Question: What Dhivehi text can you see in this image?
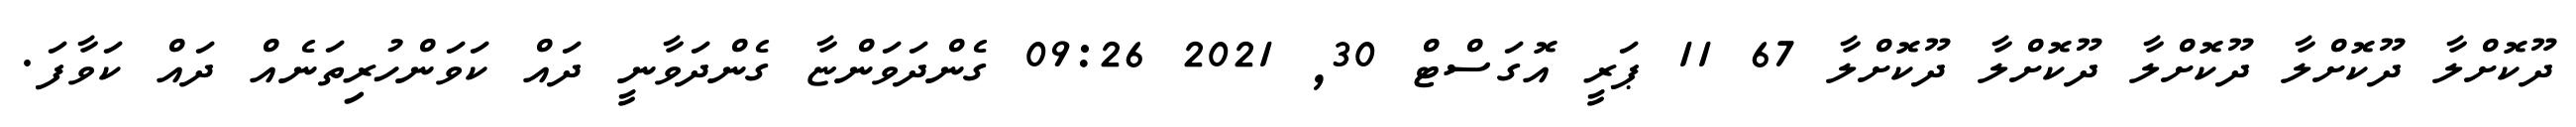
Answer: ދޫކޮށްލާ ދޫކޮށްލާ ދޫކޮށްލާ ދޫކޮށްލާ ދޫކޮށްލާ 67 11 ޕަރީ އޮގަސްޓް 30, 2021 09:26 ގެންދަވަންޏާ ގެންދަވާނީ ދައް ކަވަންހުރިތަނެއް ދައް ކަވާފަ.